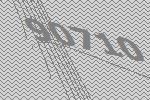
90710